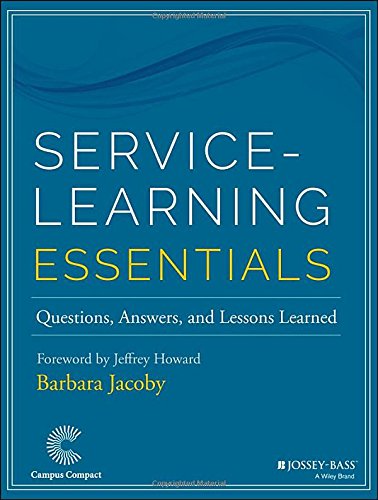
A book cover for Service-Learning Essentials: Questions, Answers, and Lessons Learned (Jossey-Bass Higher and Adult Education Series); Barbara Jacoby; Business & Money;